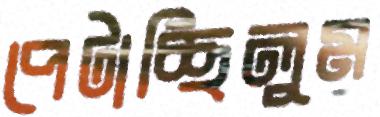
পেটাচ্ছিলুম